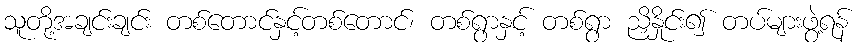
သူတို့အချင်းချင်း တစ်တောင်နှင့်တစ်တောင်၊ တစ်ရွာနှင့် တစ်ရွာ ညှိနှိုင်း၍ တပ်များဖွဲ့ရန်